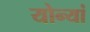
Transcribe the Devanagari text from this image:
योन्यां